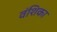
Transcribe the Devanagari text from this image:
वंशिका